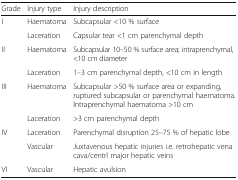
<table><thead><tr><td><b>Grade</b></td><td><b>Injury type</b></td><td><b>Injury description</b></td></tr></thead><tbody><tr><td rowspan="2">I</td><td>Haematoma</td><td>Subcapsular &lt;10 % surface</td></tr><tr><td>Laceration</td><td>Capsular tear &lt;1 cm parenchymal depth</td></tr><tr><td rowspan="2">II</td><td>Haematoma</td><td>Subcapsular 10–50 % surface area; intraprenchymal, &lt;10 cm diameter</td></tr><tr><td>Laceration</td><td>1–3 cm parenchymal depth, &lt;10 cm in length</td></tr><tr><td rowspan="2">III</td><td>Haematoma</td><td>Subcapsular &gt;50 % surface area or expanding, ruptured subcapsular or parenchymal haematoma. Intraprenchymal haematoma &gt;10 cm</td></tr><tr><td>Laceration</td><td>&gt;3 cm parenchymal depth</td></tr><tr><td rowspan="2">IV</td><td>Laceration</td><td>Parenchymal disruption 25–75 % of hepatic lobe</td></tr><tr><td>Vascular</td><td>Juxtavenous hepatic injuries i.e. retrohepatic vena cava/centrl major hepatic veins</td></tr><tr><td>VI</td><td>Vascular</td><td>Hepatic avulsion</td></tr></tbody></table>